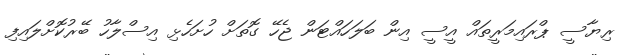
ރިޔާސީ ޕްރައިމަރީތައް އީސީ އިން ބަލަހައްޓަން ޖެހޭ ގޮތަށް ހުށަހެޅި އިސްލާހު ބޭރުކޮށްލައިފި